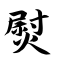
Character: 熨